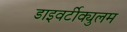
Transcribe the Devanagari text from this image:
डाइवर्टीक्युलम